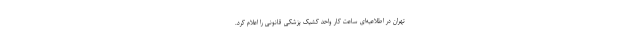
تهران در اطلاعیه‌ای ساعت کار واحد کشیک پزشکی قانونی را اعلام کرد.